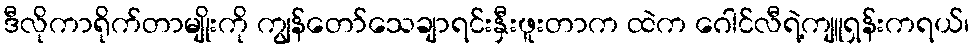
ဒီလိုကာရိုက်တာမျိုးကို ကျွန်တော်သေချာရင်းနှီးဖူးတာက ထဲက ဂေါင်လီရဲ့ကျူရှန်းကရယ်၊